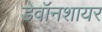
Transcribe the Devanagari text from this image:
डेवॉनशायर